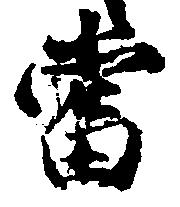
当